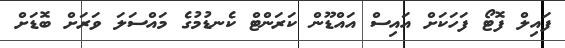
ފައިލް ފޮޓޯ ފަހަކަށް އައިސް އައްޑޫން ކަރަންޓް ކެނޑުމުގެ މައްސަލަ ވަރަށް ބޮޑަށް